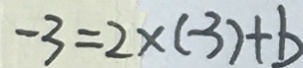
- 3 = 2 \times ( - 3 ) + b